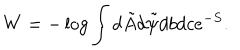
W = - \log \int d \tilde { A } d \tilde { \psi } d b d c e ^ { - S } .